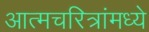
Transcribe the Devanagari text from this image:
आत्मचरित्रांमध्ये